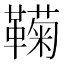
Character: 𬰩